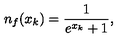
n _ { f } ( x _ { k } ) = { \frac { 1 } { e ^ { x _ { k } } + 1 } } ,